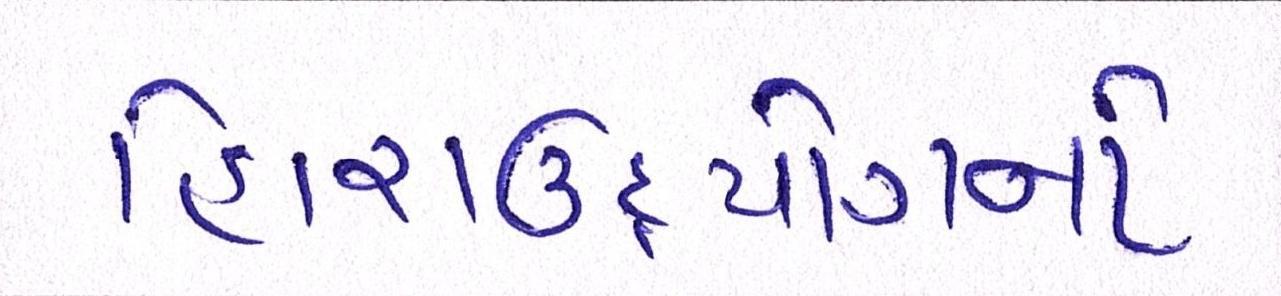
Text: હિરાઉદ્યોગનો